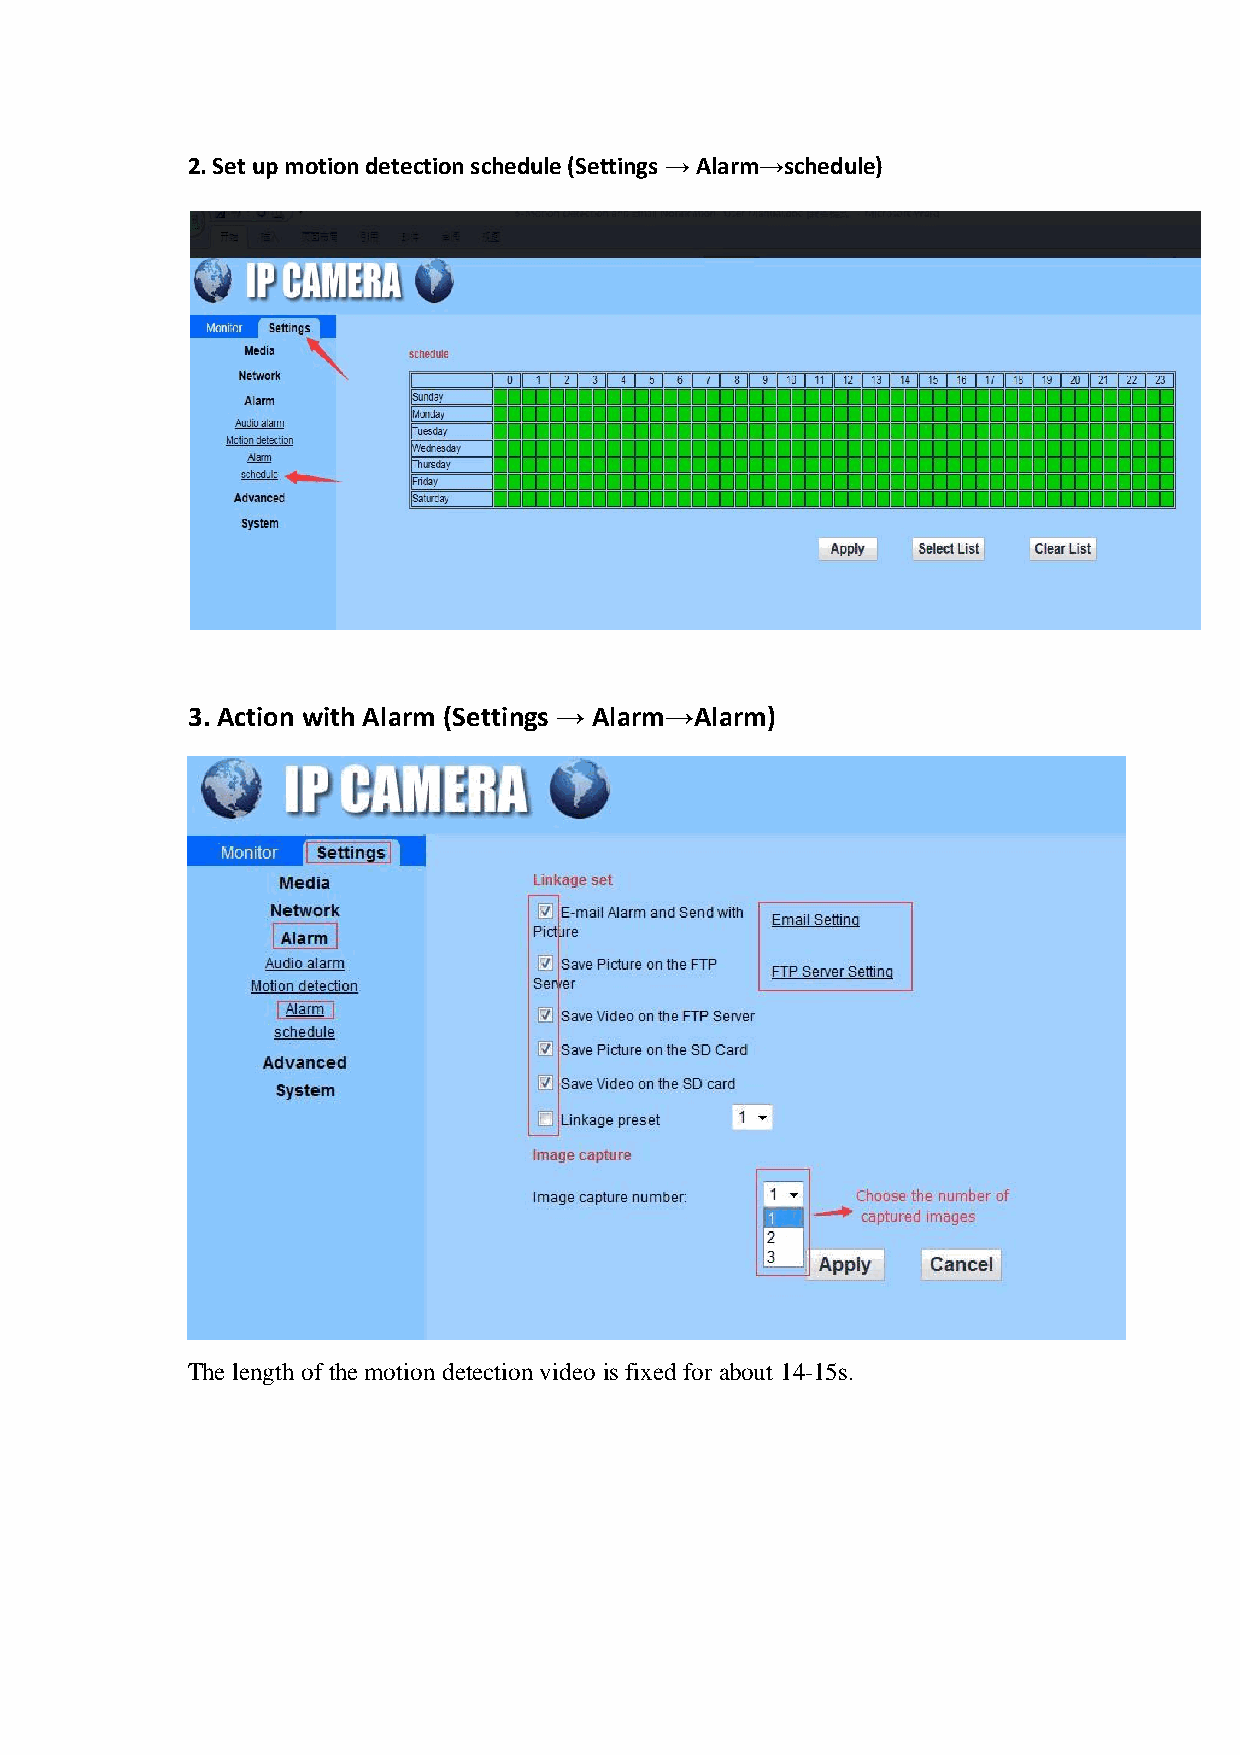
2. Set up motion detection schedule (Settings → Alarm→schedule)
 3. Action with Alarm (Settings → Alarm→Alarm)
 The length of the motion detection video is fixed for about 14-15s.